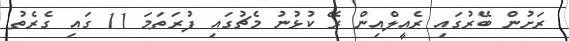
ރަށުން ބޭރުގައި ރެއީލްއިން ރޭ ކުޅުނު މެޗުގައި ފުރަތަމަ 11 ގައި ގެރެތު